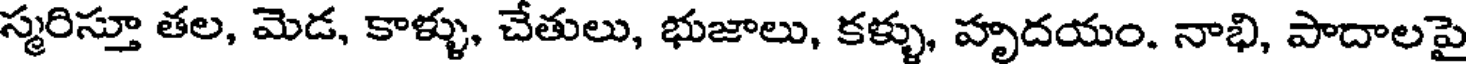
స్మరిస్తూ తల, మెడ, కాళ్ళు, చేతులు, భుజాలు, కళ్ళు, హృదయం. నాభి, పాదాలపై